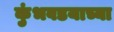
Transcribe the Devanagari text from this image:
कुंभवडयाच्या